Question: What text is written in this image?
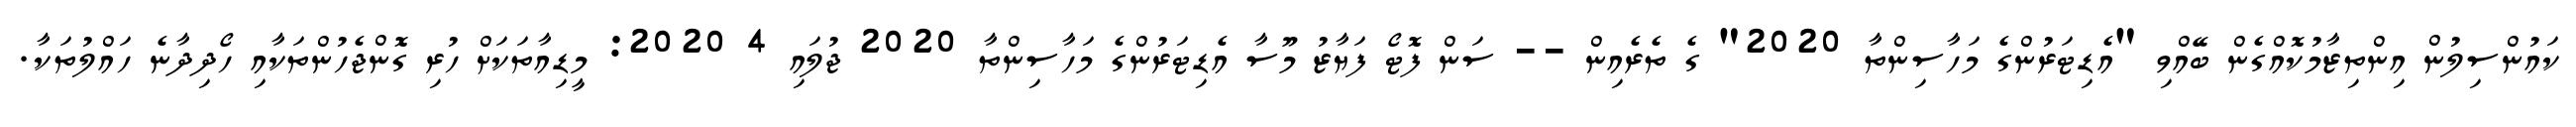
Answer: ކައުންސިލުން އިންތިޒާމުކޮއްގެން ބޭއްވި "އެޑިޓަރުންގެ މަހާސިންތާ 2020" ގެ ތެރެއިން -- ސަން ފޮޓޯ ފަޔާޒު މޫސާ އެޑިޓަރުންގެ މަހާސިންތާ 2020 ޖުލައި 4 2020: މީޑިއާތަކަށް ހުރި ގޮންޖެހުންތަކާއި ހޯދިދާނެ ހައްލުތަކާ.